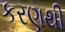
કરણથી